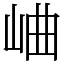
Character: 𪨰